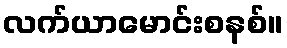
လက်ယာမောင်းစနစ်။